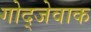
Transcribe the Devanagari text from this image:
गोद्जेवाक